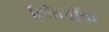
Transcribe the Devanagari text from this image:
ह्विलॉक